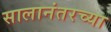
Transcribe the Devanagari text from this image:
सालानंतरच्या